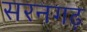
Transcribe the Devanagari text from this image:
सरनगढ़